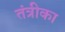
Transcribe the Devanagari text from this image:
तंत्रीका